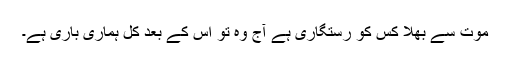
موت سے بھلا کس کو رستگاری ہے آج وہ تو اس کے بعد کل ہماری باری ہے۔